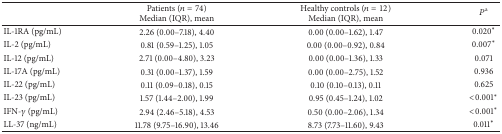
|  | Patients (n = 74)Median (IQR), mean | Healthy controls (n = 12)Median (IQR), mean | Pa |
 | --- | --- | --- | --- |
 | IL-1RA (pg/mL) | 2.26 (0.00–7.18), 4.40 | 0.00 (0.00–1.62), 1.47 | 0.020∗ |
 | IL-2 (pg/mL) | 0.81 (0.59–1.25), 1.05 | 0.00 (0.00–0.92), 0.84 | 0.007∗ |
 | IL-12 (pg/mL) | 2.71 (0.00–4.80), 3.23 | 0.00 (0.00–1.36), 1.33 | 0.071 |
 | IL-17A (pg/mL) | 0.31 (0.00–1.37), 1.59 | 0.00 (0.00–2.75), 1.52 | 0.936 |
 | IL-22 (pg/mL) | 0.11 (0.09–0.18), 0.15 | 0.10 (0.10–0.13), 0.11 | 0.625 |
 | IL-23 (pg/mL) | 1.57 (1.44–2.00), 1.99 | 0.95 (0.45–1.24), 1.02 | <0.001∗ |
 | IFN-γ (pg/mL) | 2.94 (2.46–5.18), 4.53 | 0.50 (0.00–2.06), 1.34 | <0.001∗ |
 | LL-37 (ng/mL) | 11.78 (9.75–16.90), 13.46 | 8.73 (7.73–11.60), 9.43 | 0.011∗ |